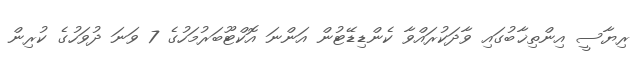
ރިޔާސީ އިންތިޚާބުގައި ވާދަކުރައްވާ ކެންޑިޑޭޓުން އަންނަ އޮކްޓޫބަރުމަހުގެ 7 ވަނަ ދުވަހުގެ ކުރިން